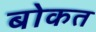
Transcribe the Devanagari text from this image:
बोकत